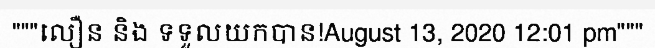
"""លឿន និង ទទួលយកបាន!August 13, 2020 12:01 pm"""